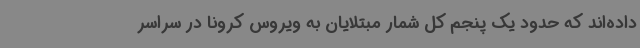
داده‌اند که حدود یک پنجم کل شمار مبتلایان به ویروس کرونا در سراسر